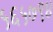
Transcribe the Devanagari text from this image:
५६५७९४